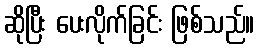
ဆိုပြီး ပေးလိုက်ခြင်း ဖြစ်သည်။